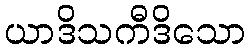
ယာဒိသကီဒိသော